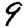
Digit: 9